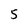
Character: 5